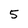
Character: 5